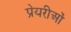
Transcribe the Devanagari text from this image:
प्रेयरीओं